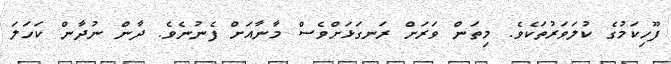
ފޫހިކަމުގެ ކުލަވަރުތަކެވެ. މިތަން ވަރަށް ރަނގަޅަށްވެސް މާނާއަށް ފެނުނެވެ. ދާން ނުދާން ކަހަލަ